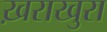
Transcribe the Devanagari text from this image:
ख़राखुरा